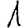
Digit: 1